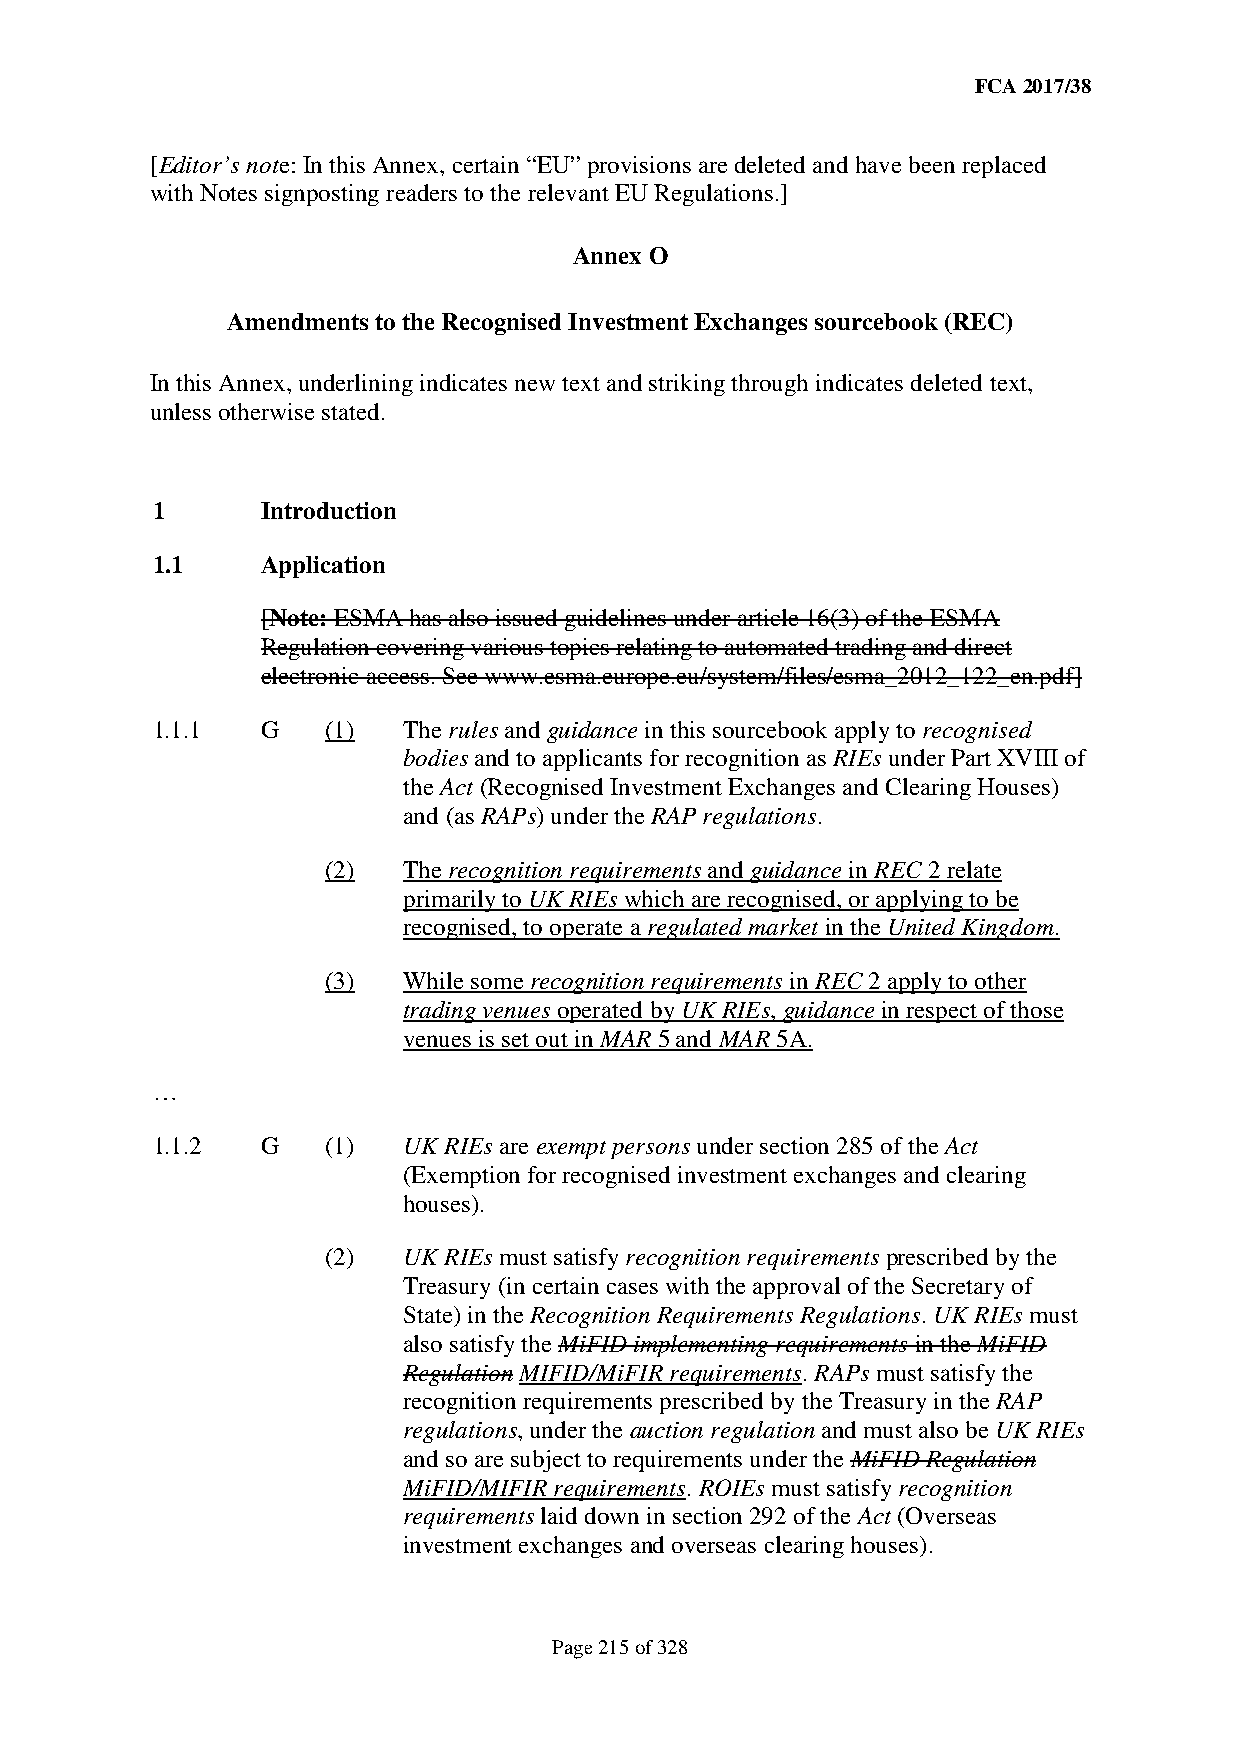
FCA 2017/38
 [Editor’s note: In this Annex, certain “EU” provisions are deleted and have been replaced
 with Notes signposting readers to the relevant EU Regulations.]
 Annex O
 Amendments to the Recognised Investment Exchanges sourcebook (REC)
 In this Annex, underlining indicates new text and striking through indicates deleted text,
 unless otherwise stated.
 1      Introduction
 1.1    Application
 [Note: ESMA has also issued guidelines under article 16(3) of the ESMA
 Regulation covering various topics relating to automated trading and direct
 electronic access. See www.esma.europe.eu/system/files/esma_2012_122_en.pdf]
 1.1.1  G    (1)  The rules and guidance in this sourcebook apply to recognised
 bodies and to applicants for recognition as RIEs under Part XVIII of
 the Act (Recognised Investment Exchanges and Clearing Houses)
 and (as RAPs) under the RAP regulations.
 (2)  The recognition requirements and guidance in REC 2 relate
 primarily to UK RIEs which are recognised, or applying to be
 recognised, to operate a regulated market in the United Kingdom.
 (3)  While some recognition requirements in REC 2 apply to other
 trading venues operated by UK RIEs, guidance in respect of those
 venues is set out in MAR 5 and MAR 5A.
 …
 1.1.2  G    (1)  UK RIEs are exempt persons under section 285 of the Act
 (Exemption for recognised investment exchanges and clearing
 houses).
 (2)  UK RIEs must satisfy recognition requirements prescribed by the
 Treasury (in certain cases with the approval of the Secretary of
 State) in the Recognition Requirements Regulations. UK RIEs must
 also satisfy the MiFID implementing requirements in the MiFID
 Regulation MIFID/MiFIR requirements. RAPs must satisfy the
 recognition requirements prescribed by the Treasury in the RAP
 regulations, under the auction regulation and must also be UK RIEs
 and so are subject to requirements under the MiFID Regulation
 MiFID/MIFIR requirements. ROIEs must satisfy recognition
 requirements laid down in section 292 of the Act (Overseas
 investment exchanges and overseas clearing houses).
 Page 215 of 328